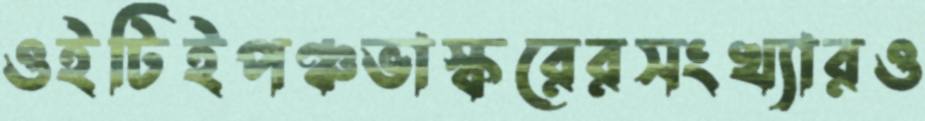
ওইটিইপঞ্চভাস্করেরসংখ্যারও